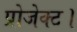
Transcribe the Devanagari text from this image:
प्रोजेक्ट।